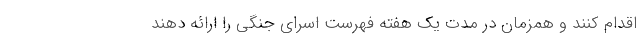
اقدام کنند و همزمان در مدت یک هفته فهرست اسرای جنگی را ارائه دهند